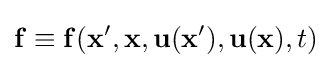
{\bf {f}}\equiv {\bf {f}}({\bf {x}}',{\bf {x}},{\bf {u}}({\bf {x}}'),{\bf {u}}({\bf {x}}),t)